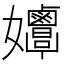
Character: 𡤲